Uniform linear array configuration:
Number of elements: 48
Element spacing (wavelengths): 0.25
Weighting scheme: uniform
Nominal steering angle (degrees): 0
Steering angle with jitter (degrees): -0.4205
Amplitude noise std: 0.05
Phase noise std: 0.05

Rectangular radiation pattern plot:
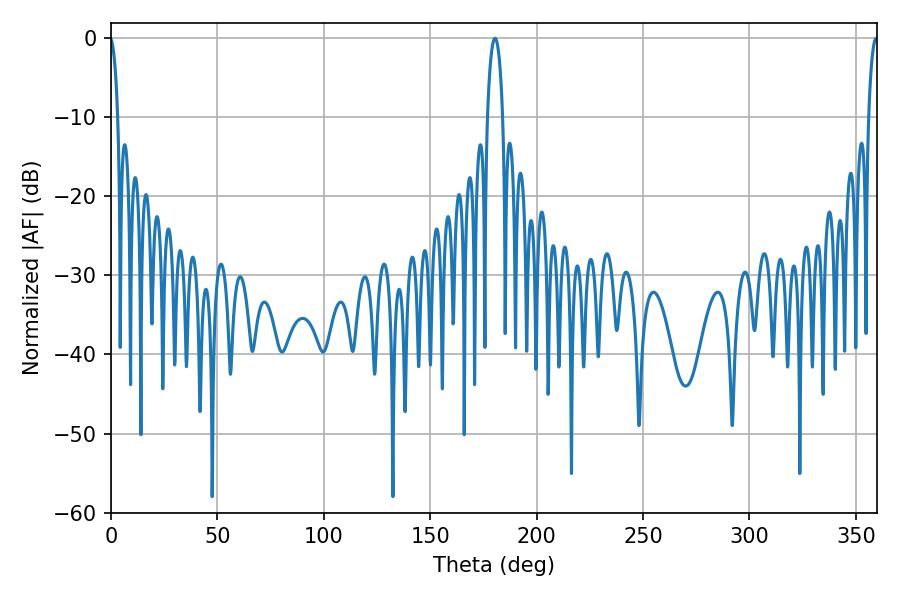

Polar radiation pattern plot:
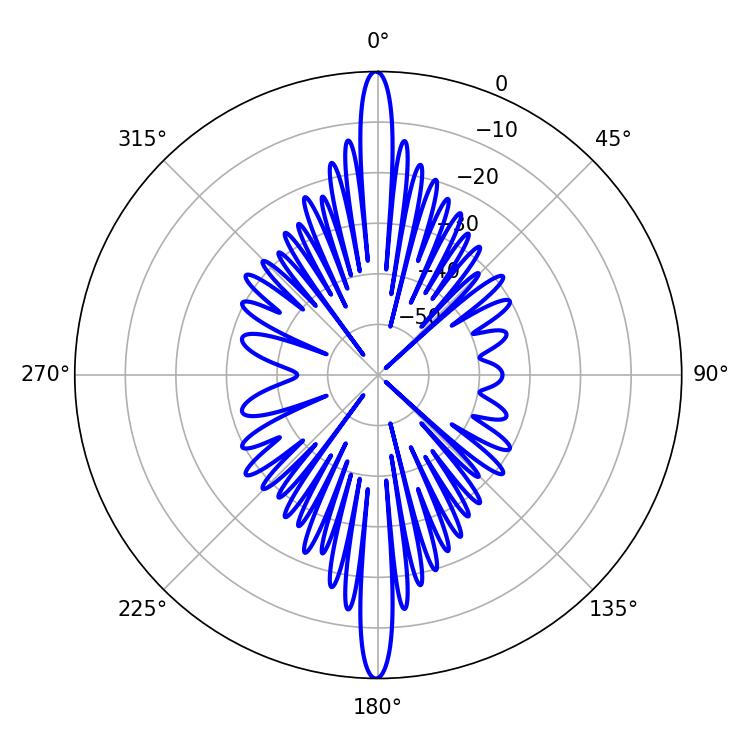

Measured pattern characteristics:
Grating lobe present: FALSE
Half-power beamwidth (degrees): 4.14
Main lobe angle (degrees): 180.36